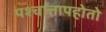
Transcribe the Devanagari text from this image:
पश्चात्तापहोतो